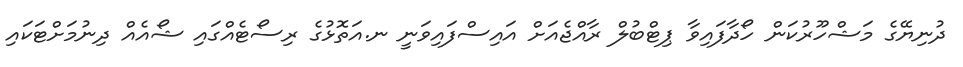
ދުނިޔޭގެ މަޝްހޫރުކަން ހޯދާފައިވާ ޕިޓްބުލް ރާއްޖެއަށް އައިސްފައިވަނީ ނ.އަތޮޅުގެ ރިސޯޓެއްގައި ޝޯއެއް ދިނުމަށްޓަކައި